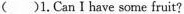
( )1.Can I have some fruit?